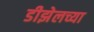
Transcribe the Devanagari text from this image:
डीझेलच्या